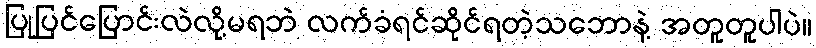
ပြုပြင်ပြောင်းလဲလို့မရဘဲ လက်ခံရင်ဆိုင်ရတဲ့သဘောနဲ့ အတူတူပါပဲ။